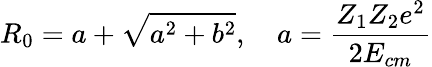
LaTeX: R_{0}=a+\sqrt{a^{2}+b^{2}},\quad a=\frac{Z_{1}Z_{2}e^{2}}{2E_{cm}}